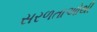
સરળતાઓથી